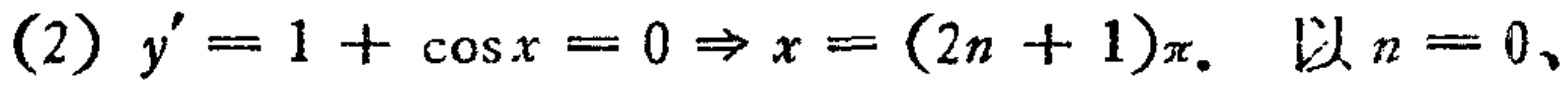
(2) \(y' = 1+\cos x = 0\Rightarrow x=(2n + 1)\pi.\) 以 \(n = 0\)、